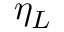
\eta _ { L }